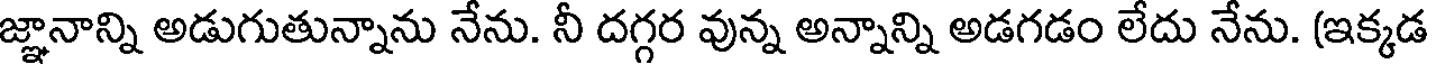
జ్ఞానాన్ని అడుగుతున్నాను నేను. నీ దగ్గర వున్న అన్నాన్ని అడగడం లేదు నేను. (ఇక్కడ